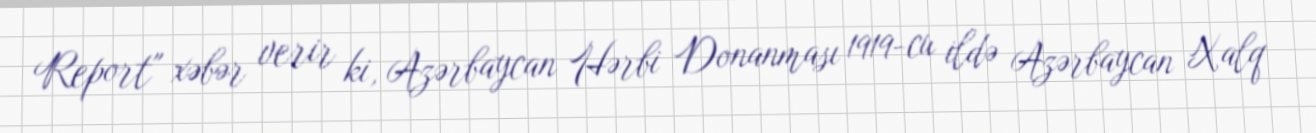
Report" xəbər verir ki, Azərbaycan Hərbi Donanması 1919-cu ildə Azərbaycan Xalq